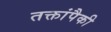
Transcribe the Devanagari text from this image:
तक्तांपैकी